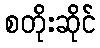
စတိုးဆိုင်